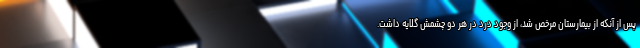
پس از آنکه از بیمارستان مرخص شد، از وجود درد در هر دو چشمش گلایه داشت.